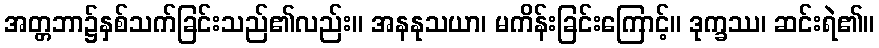
အတ္တဘာ၌နှစ်သက်ခြင်းသည်၏လည်း။ အနနုသယာ၊ မကိန်းခြင်းကြောင့်။ ဒုက္ခဿ၊ ဆင်းရဲ၏။